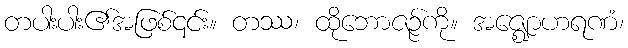
တပါးပါး၏အဖြစ်၎င်း။ တဿ၊ ထိုဘောဇဉ်ကို။ အဇ္ဈောဟရဏံ၊